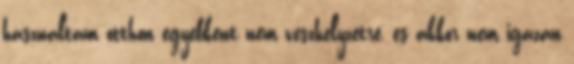
hasznaltam otthon egyebkent nem veszhelyzetre, es akkor nem igazan